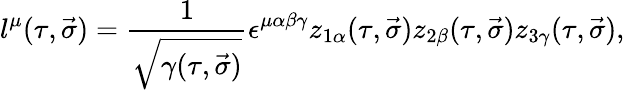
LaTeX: l^{\mu}(\tau,\vec{\sigma})=\frac{1}{\sqrt{\gamma(\tau,\vec{\sigma})}}\epsilon^{\mu\alpha\beta\gamma}z_{1\alpha}(\tau,\vec{\sigma})z_{2\beta}(\tau,\vec{\sigma})z_{3\gamma}(\tau,\vec{\sigma}),